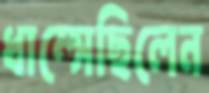
ধাম্‌সেছিলেন